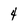
Character: 4